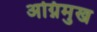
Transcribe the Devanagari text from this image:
अग्निमुख